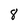
Character: 8